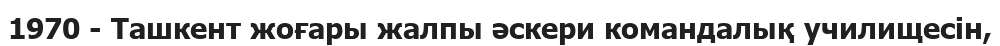
1970 - Ташкент жоғары жалпы әскери командалық училищесін,